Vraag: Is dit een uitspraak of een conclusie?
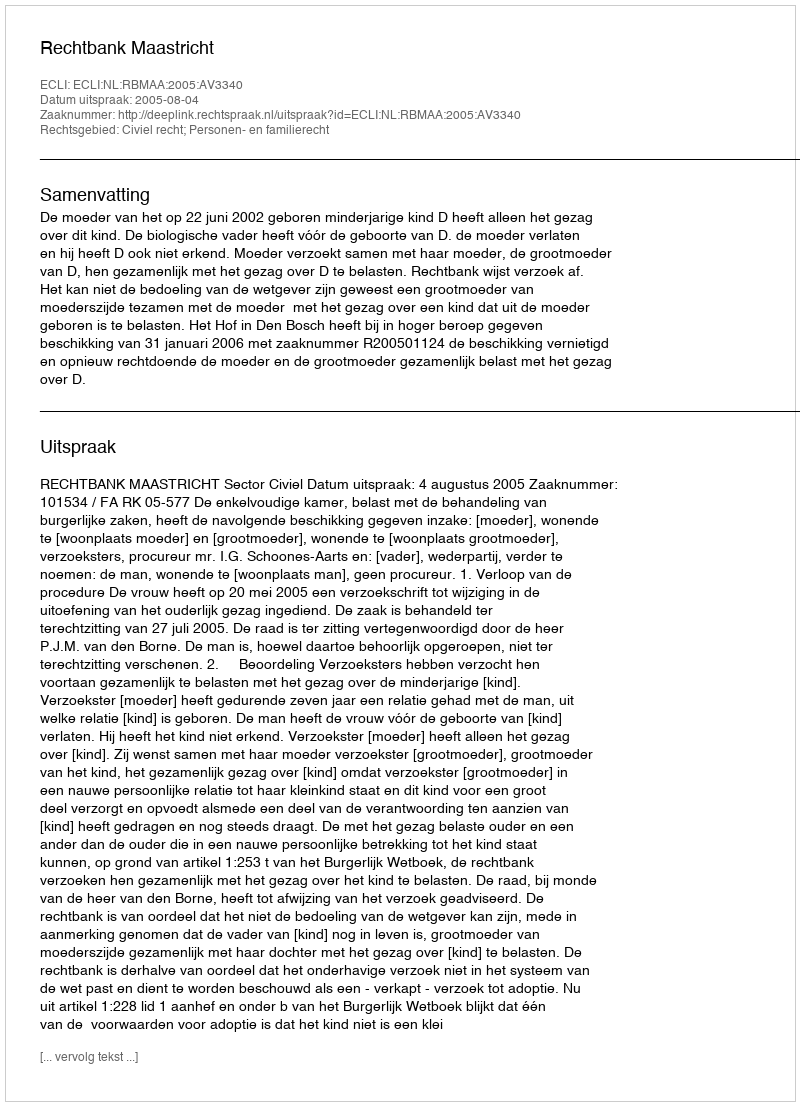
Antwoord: Uitspraak